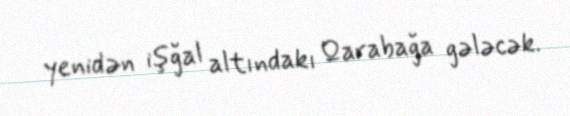
yenidən işğal altındakı Qarabağa gələcək.